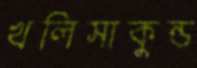
খলিসাকুন্ড